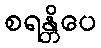
စရန္တိပေ